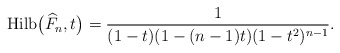
\begin{gather*}{\rm Hilb}\big({\widehat F}_n,t\big)= {1 \over (1-t)(1-(n-1)t)(1-t^2)^{n-1}}.\end{gather*}